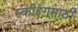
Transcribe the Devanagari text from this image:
स्कीइंगसाठी